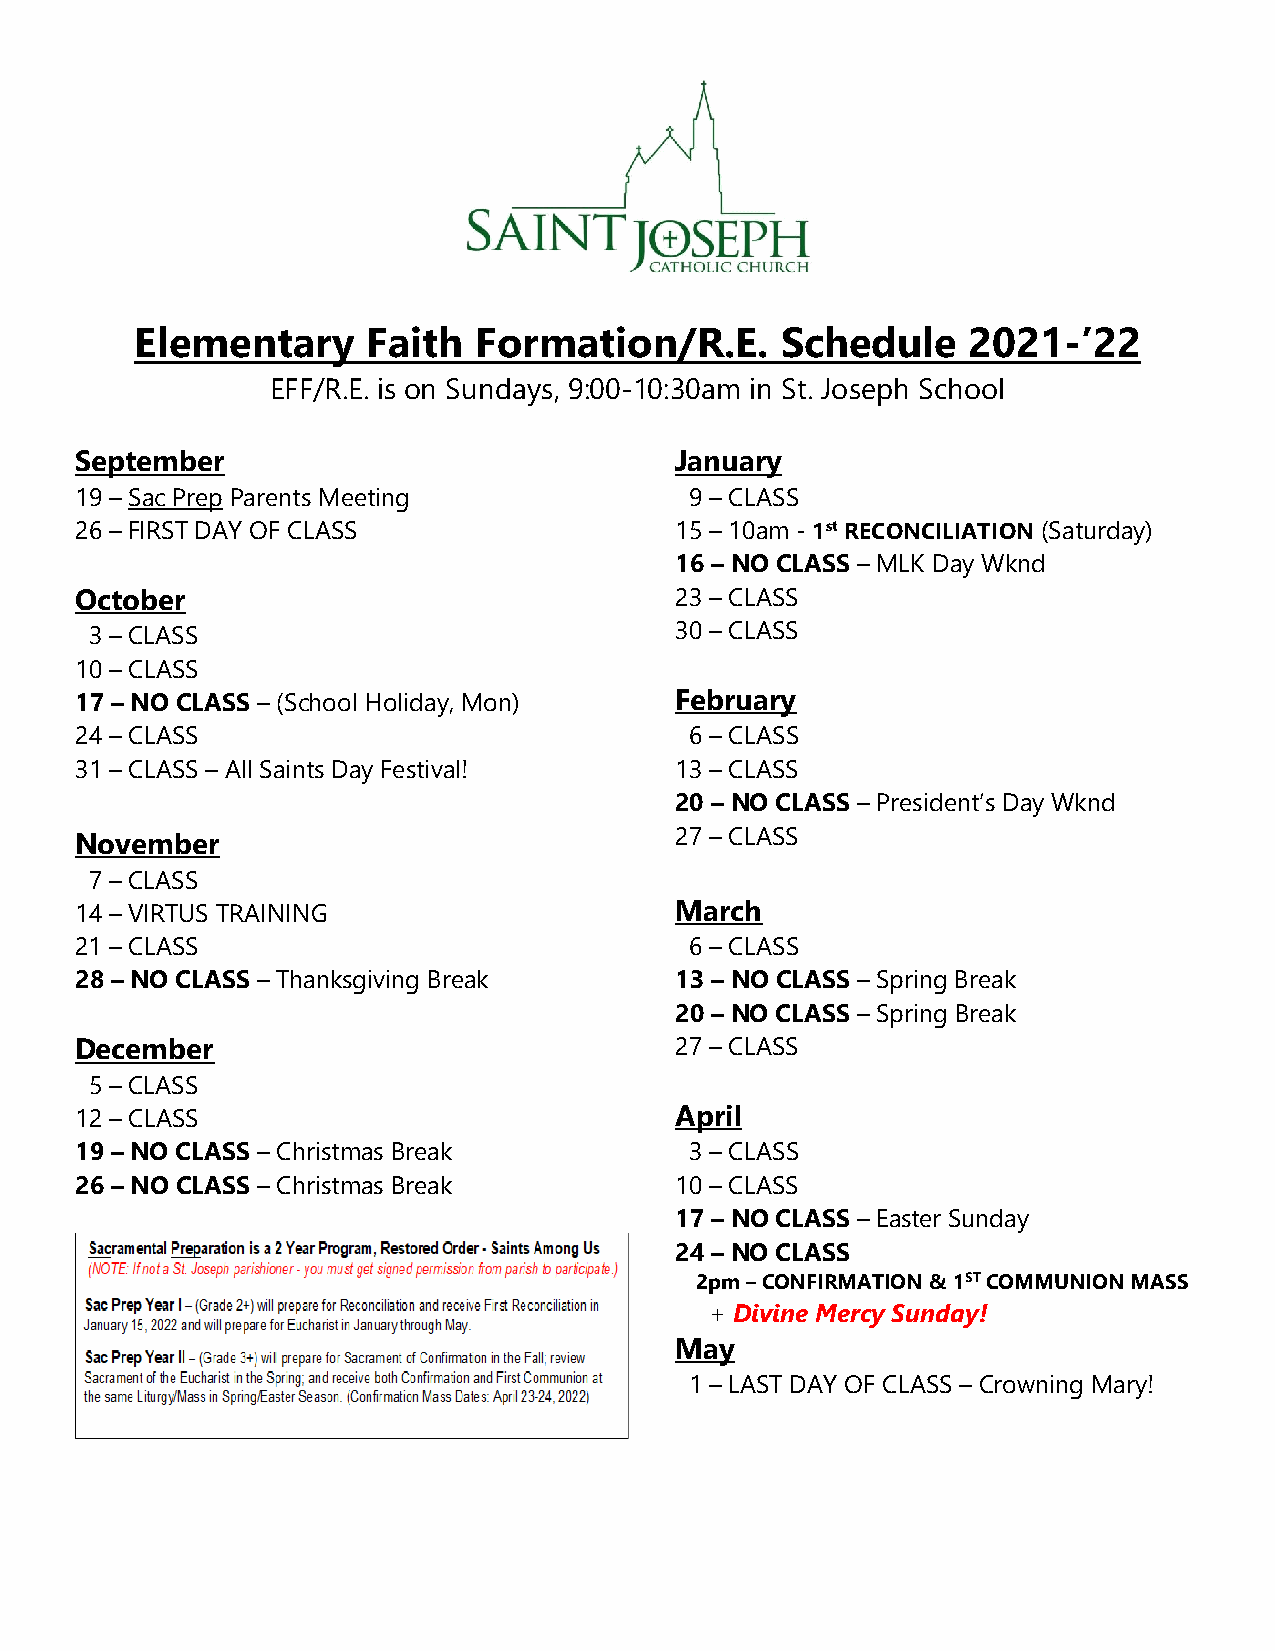
Elementary     Faith  Formation/R.E.       Schedule    2021-’22
 EFF/R.E. is on Sundays, 9:00-10:30am in St. Joseph School
 September                               January
 19 – Sac Prep Parents Meeting            9 – CLASS
 26 – FIRST DAY OF CLASS                 15 – 10am - 1st RECONCILIATION (Saturday)
 16 – NO CLASS – MLK Day Wknd
 October                                 23 – CLASS
 3 – CLASS                              30 – CLASS
 10 – CLASS
 17 – NO CLASS – (School Holiday, Mon)   February
 24 – CLASS                               6 – CLASS
 31 – CLASS – All Saints Day Festival!   13 – CLASS
 20 – NO CLASS – President’s Day Wknd
 November                                27 – CLASS
 7 – CLASS
 14 – VIRTUS TRAINING                    March
 21 – CLASS                               6 – CLASS
 28 – NO CLASS – Thanksgiving Break      13 – NO CLASS – Spring Break
 20 – NO CLASS – Spring Break
 December                                27 – CLASS
 5 – CLASS
 12 – CLASS                              April
 19 – NO CLASS – Christmas Break          3 – CLASS
 26 – NO CLASS – Christmas Break         10 – CLASS
 17 – NO CLASS – Easter Sunday
 24 – NO CLASS
 2pm – CONFIRMATION & 1ST COMMUNION MASS
 + Divine Mercy Sunday!
 May
 1 – LAST DAY OF CLASS – Crowning Mary!